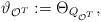
LaTeX: \begin{align*}\vartheta_{\mathcal{O}^T}:=\Theta_{Q_{\mathcal{O}^T}},\end{align*}